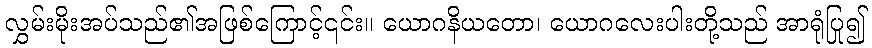
လွှမ်းမိုးအပ်သည်၏အဖြစ်ကြောင့်၎င်း။ ယောဂနိယတော၊ ယောဂလေးပါးတို့သည် အာရုံပြု၍